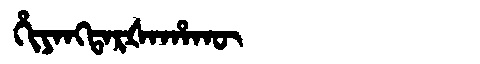
Manchu: ᡥᡳᠶᠠᠩᡨᠠᡵᡧᠠᡥᠠᡴᡡ
Romanization: HIYANGTARŠAHAKŪ